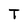
Character: T